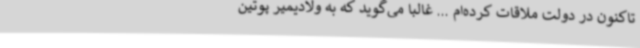
تاکنون در دولت ملاقات کرده‌ام ... غالباً می‌گوید که به ولادیمیر پوتین